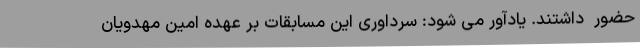
حضور ‌ داشتند. یادآور می شود: سرداوری این مسابقات بر عهده امین مهدویان